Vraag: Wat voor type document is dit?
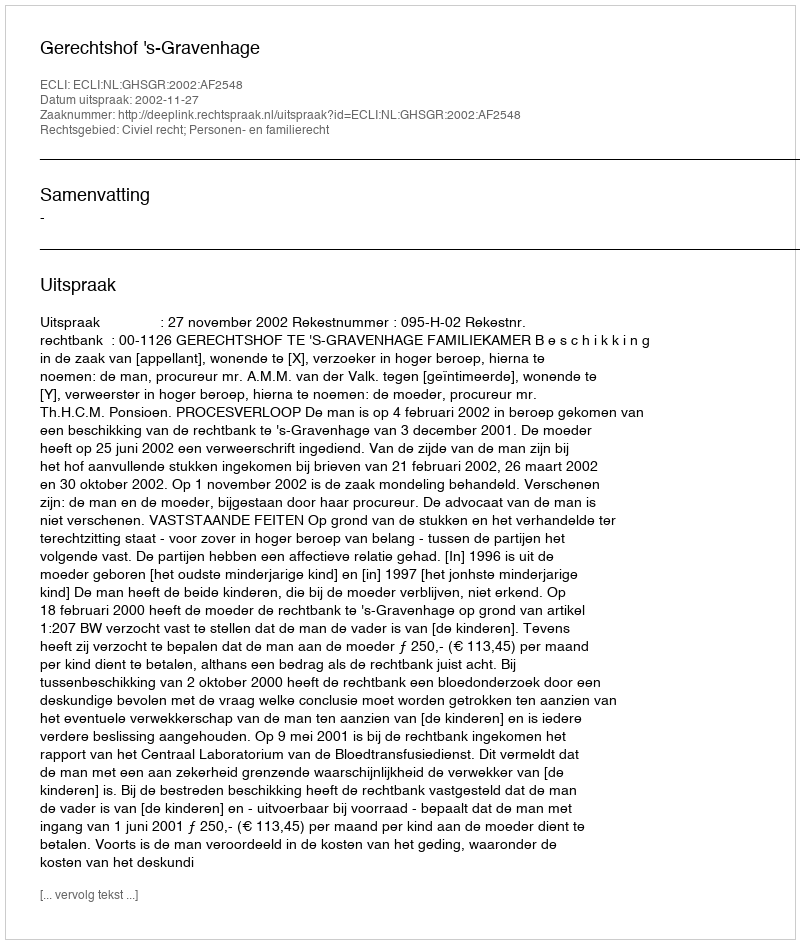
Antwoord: Uitspraak